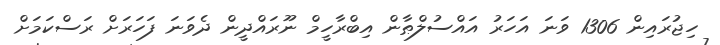
ހިޖުރައިން 1306 ވަނަ އަހަރު އައްސުލްޠާން އިބްރާހީމް ނޫރައްދީން ދެވަނަ ފަހަރަށް ރަސްކަމަށް